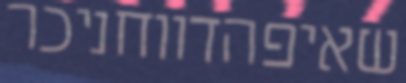
שאיפהדווחניכר